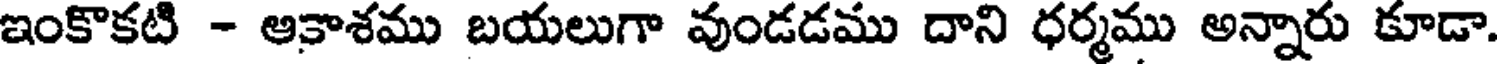
ఇంకొకటి - అకాశము బయలుగా వుండడము దాని ధర్మము అన్నారు కూడా.